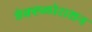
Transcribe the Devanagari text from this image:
ऐक्स्प्लोराशन